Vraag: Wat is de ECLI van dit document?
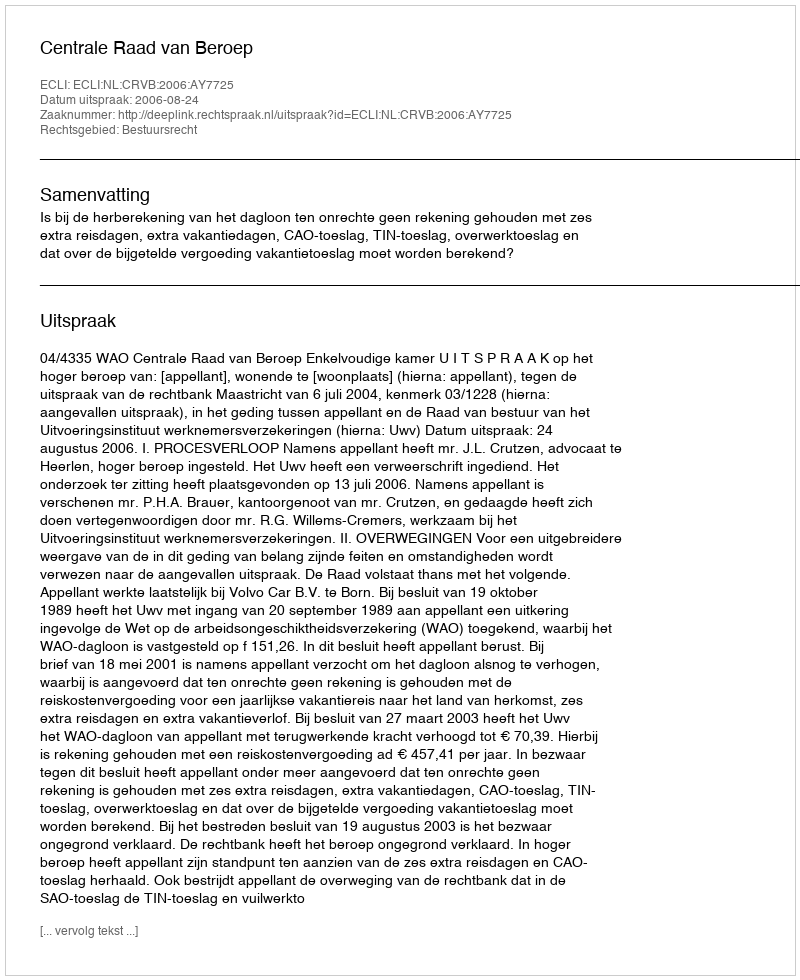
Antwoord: ECLI:NL:CRVB:2006:AY7725